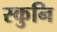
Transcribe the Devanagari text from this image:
स्कुनि